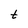
Character: t